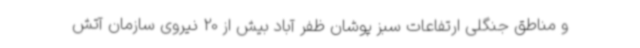
و مناطق جنگلی ارتفاعات سبز پوشان ظفر آباد بیش از 20 نیروی سازمان آتش